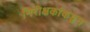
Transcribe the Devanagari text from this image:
निरीक्षकांकडून